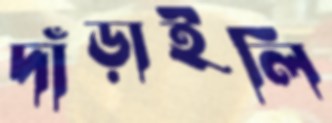
দাঁড়াইলি